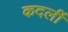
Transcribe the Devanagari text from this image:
कदलीं